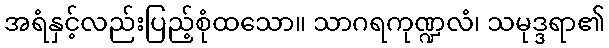
အရံနှင့်လည်းပြည့်စုံထသော။ သာဂရကုဏ္ဍလံ၊ သမုဒ္ဒရာ၏